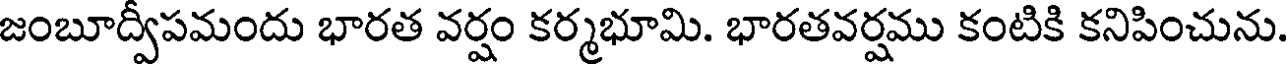
జంబూద్వీపమందు భారత వర్షం కర్మభూమి. భారతవర్షము కంటికి కనిపించును.